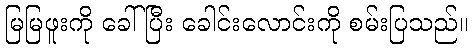
မြမြဖူးကို ခေါ်ပြီး ခေါင်းလောင်းကို စမ်းပြသည်။